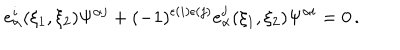
e _ { \alpha } ^ { i } ( \xi _ { 1 } , \xi _ { 2 } ) \Psi ^ { \alpha j } + ( - 1 ) ^ { \epsilon ( i ) \epsilon ( j ) } e _ { \alpha } ^ { j } ( \xi _ { 1 } , \xi _ { 2 } ) \Psi ^ { \alpha i } = 0 \, .